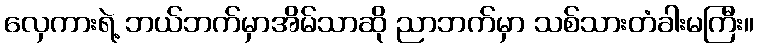
လှေကားရဲ့ ဘယ်ဘက်မှာအိမ်သာဆို ညာဘက်မှာ သစ်သားတံခါးမကြီး။